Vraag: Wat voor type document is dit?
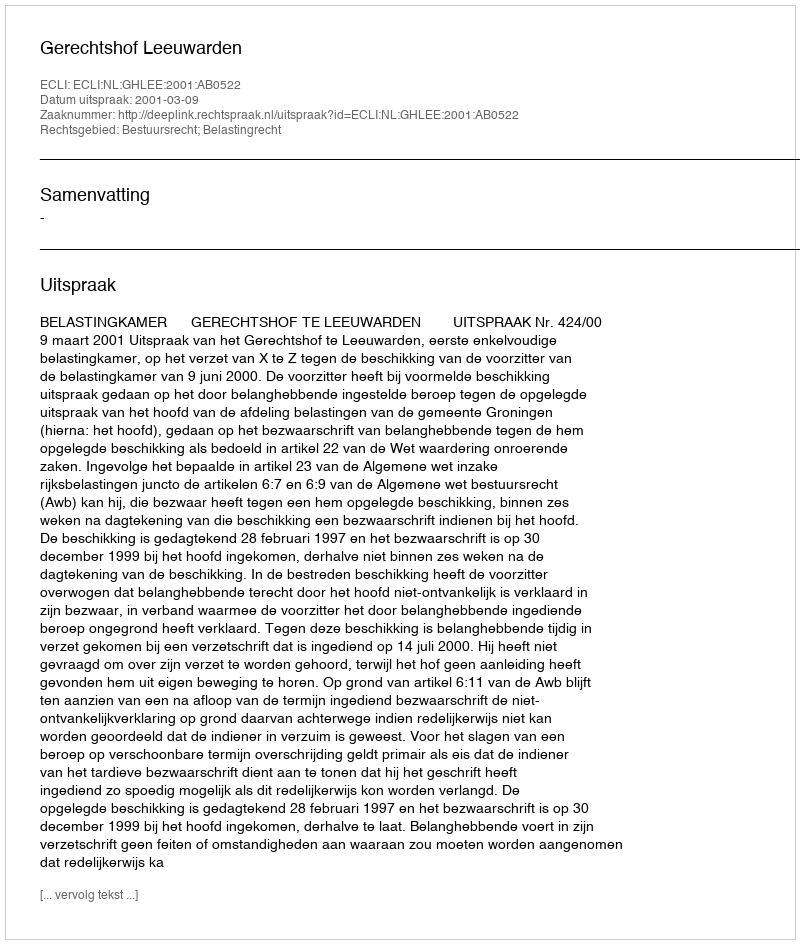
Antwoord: Uitspraak